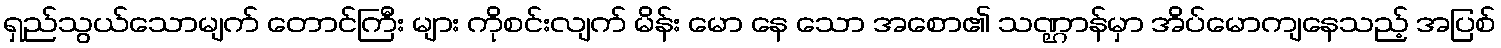
ရှည်သွယ်သောမျက် တောင်ကြီး များ ကိုစင်းလျက် မိန်း မော နေ သော အစော၏ သဏ္ဌာန်မှာ အိပ်မောကျနေသည့် အပြစ်